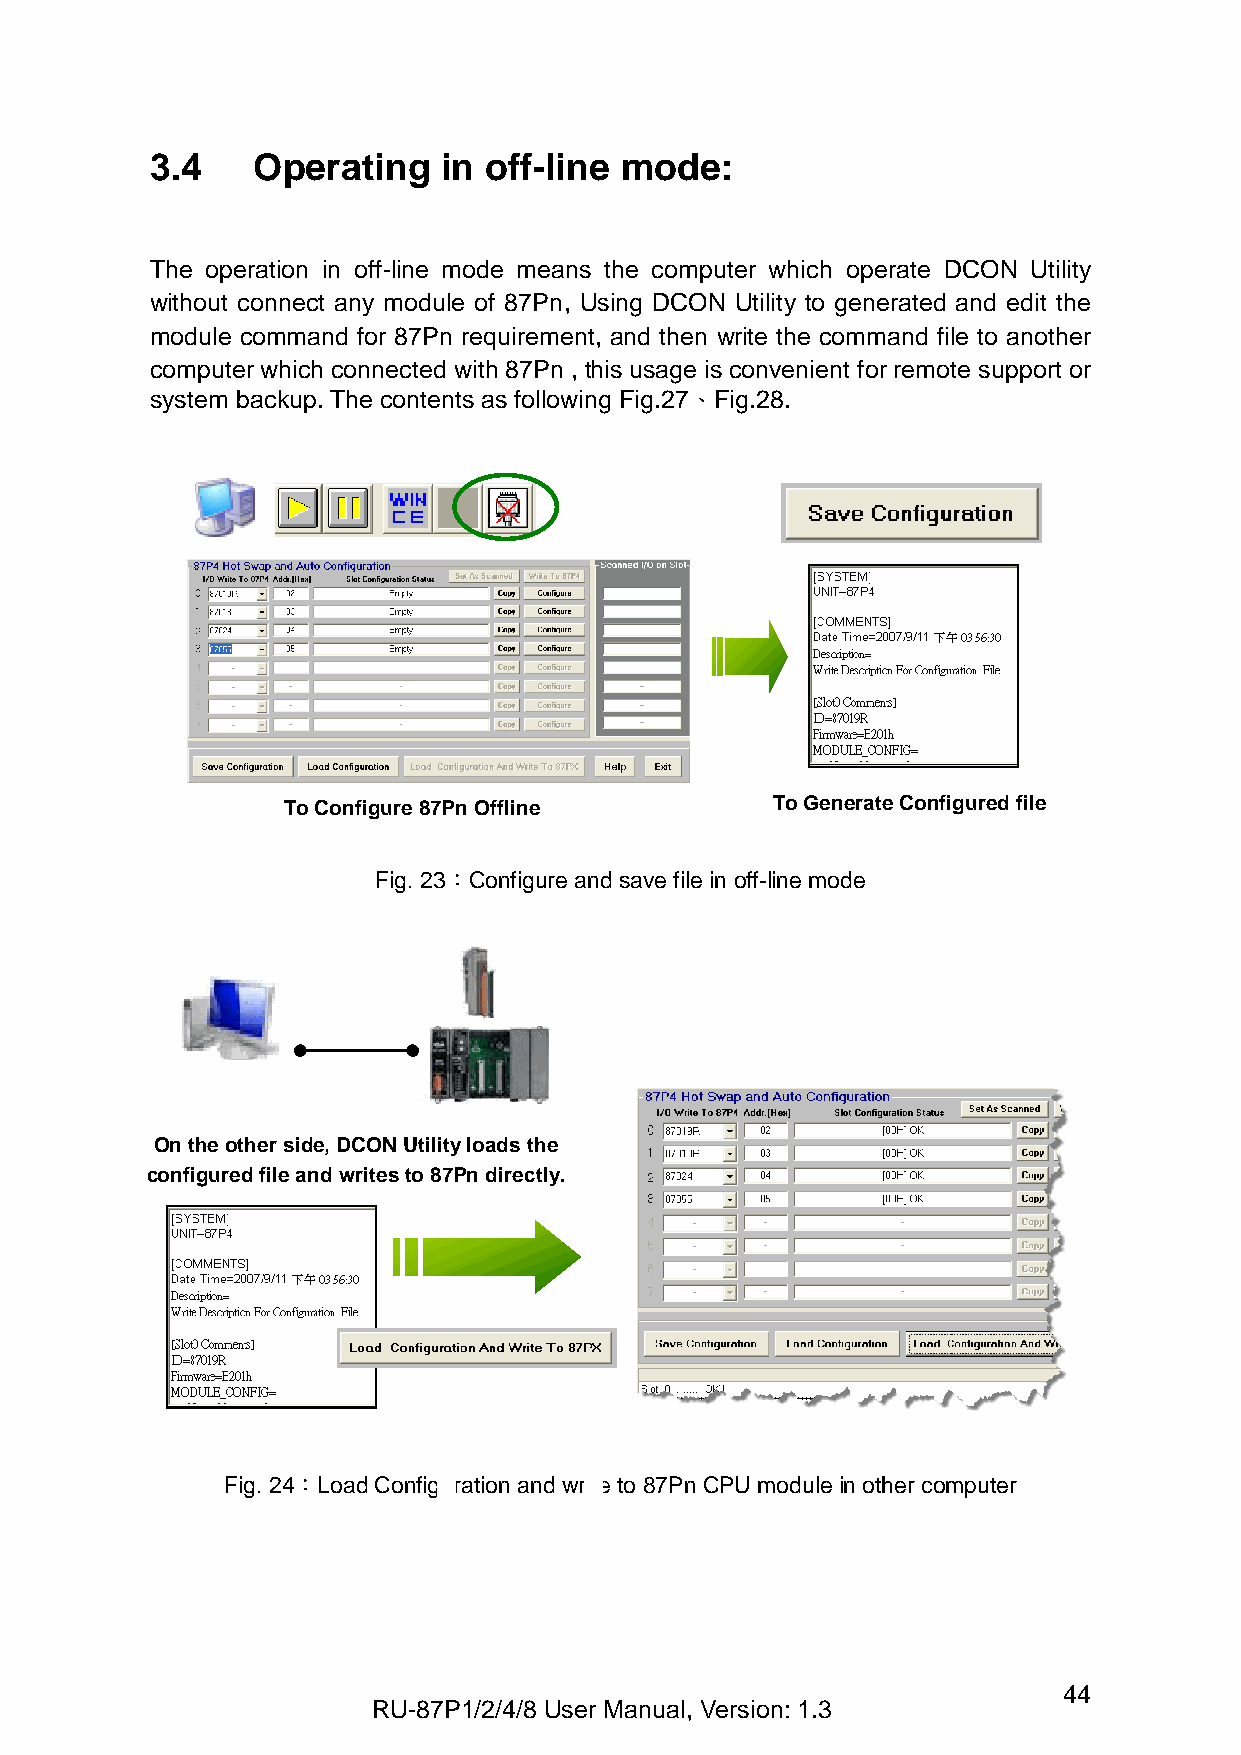
3.4    Operating   in off-line mode:
 The operation in off-line mode means the computer which operate DCON Utility
 without connect any module of 87Pn, Using DCON Utility to generated and edit the
 module command for 87Pn requirement, and then write the command file to another
 computer which connected with 87Pn , this usage is convenient for remote support or
 system backup. The contents as following Fig.27、Fig.28.
 To Configure 87Pn Offline       To Generate Configured file
 Fig. 23：Configure and save file in off-line mode
 On the other side, DCON Utility loads the
 c onfigured file and writes to 87Pn directly.
 Fig. 24：Load Configuration and write to 87Pn CPU module in other computer
 44
 RU-87P1/2/4/8 User Manual, Version: 1.3